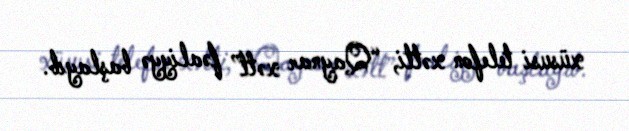
xüsusi telefon xətti, “Qaynar xətt” fəaliyyə başlayıb.